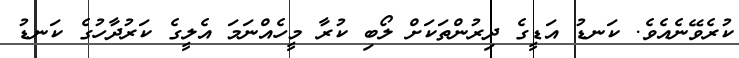
ކުރެވޭނެއެވެ. ކަނޑު އަޑީގެ ދިރުންތަކަށް ލޯބި ކުރާ މީހެއްނަމަ އެލީގެ ކަރުދާހުގެ ކަނޑު